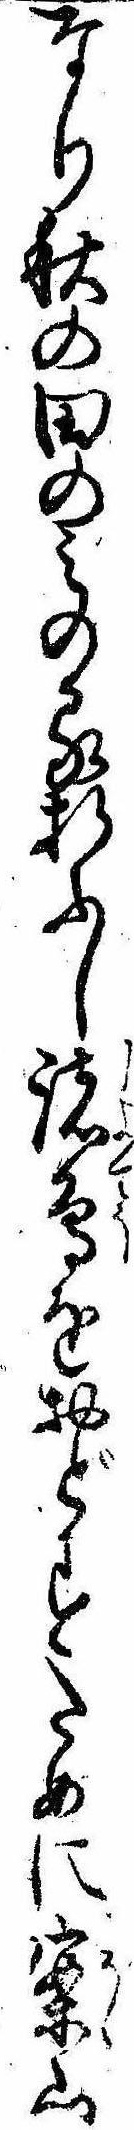
なり秋の田のみのる折ふし諸鳥をおどすために案山